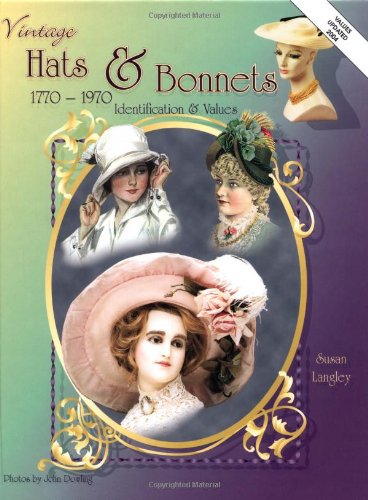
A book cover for Vintage Hats & Bonnets: Collectors ID & Value Guide 1770-1970; Susan Langley; Crafts, Hobbies & Home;